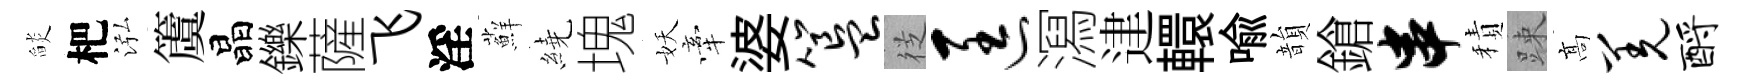
𦦨杷泓𥵂晶鑠薩飞淫蘚繞塊妖牽婆簋徔匡㵼䢖轘喩韻鎗串積踈髙羌酹